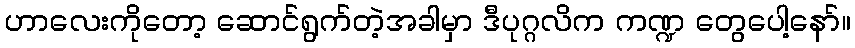
ဟာလေးကိုတော့ ဆောင်ရွက်တဲ့အခါမှာ ဒီပုဂ္ဂလိက ကဏ္ဍ တွေပေါ့နော်။